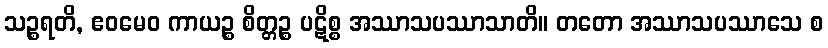
သဉ္စရတိ, ဧဝမေဝ ကာယဉ္စ စိတ္တဉ္စ ပဋိစ္စ အဿာသပဿာသာတိ။ တတော အဿာသပဿာသေ စ